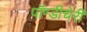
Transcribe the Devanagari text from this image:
पॉण्डीचेरी